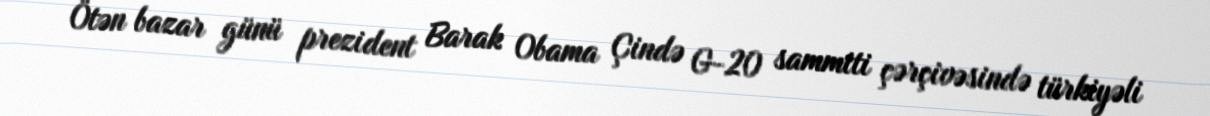
Ötən bazar günü prezident Barak Obama Çində G-20 sammiti çərçivəsində türkiyəli